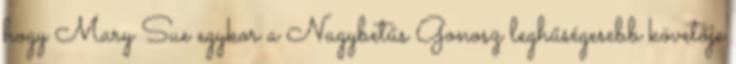
hogy Mary Sue egykor a Nagybetűs Gonosz leghűségesebb követője